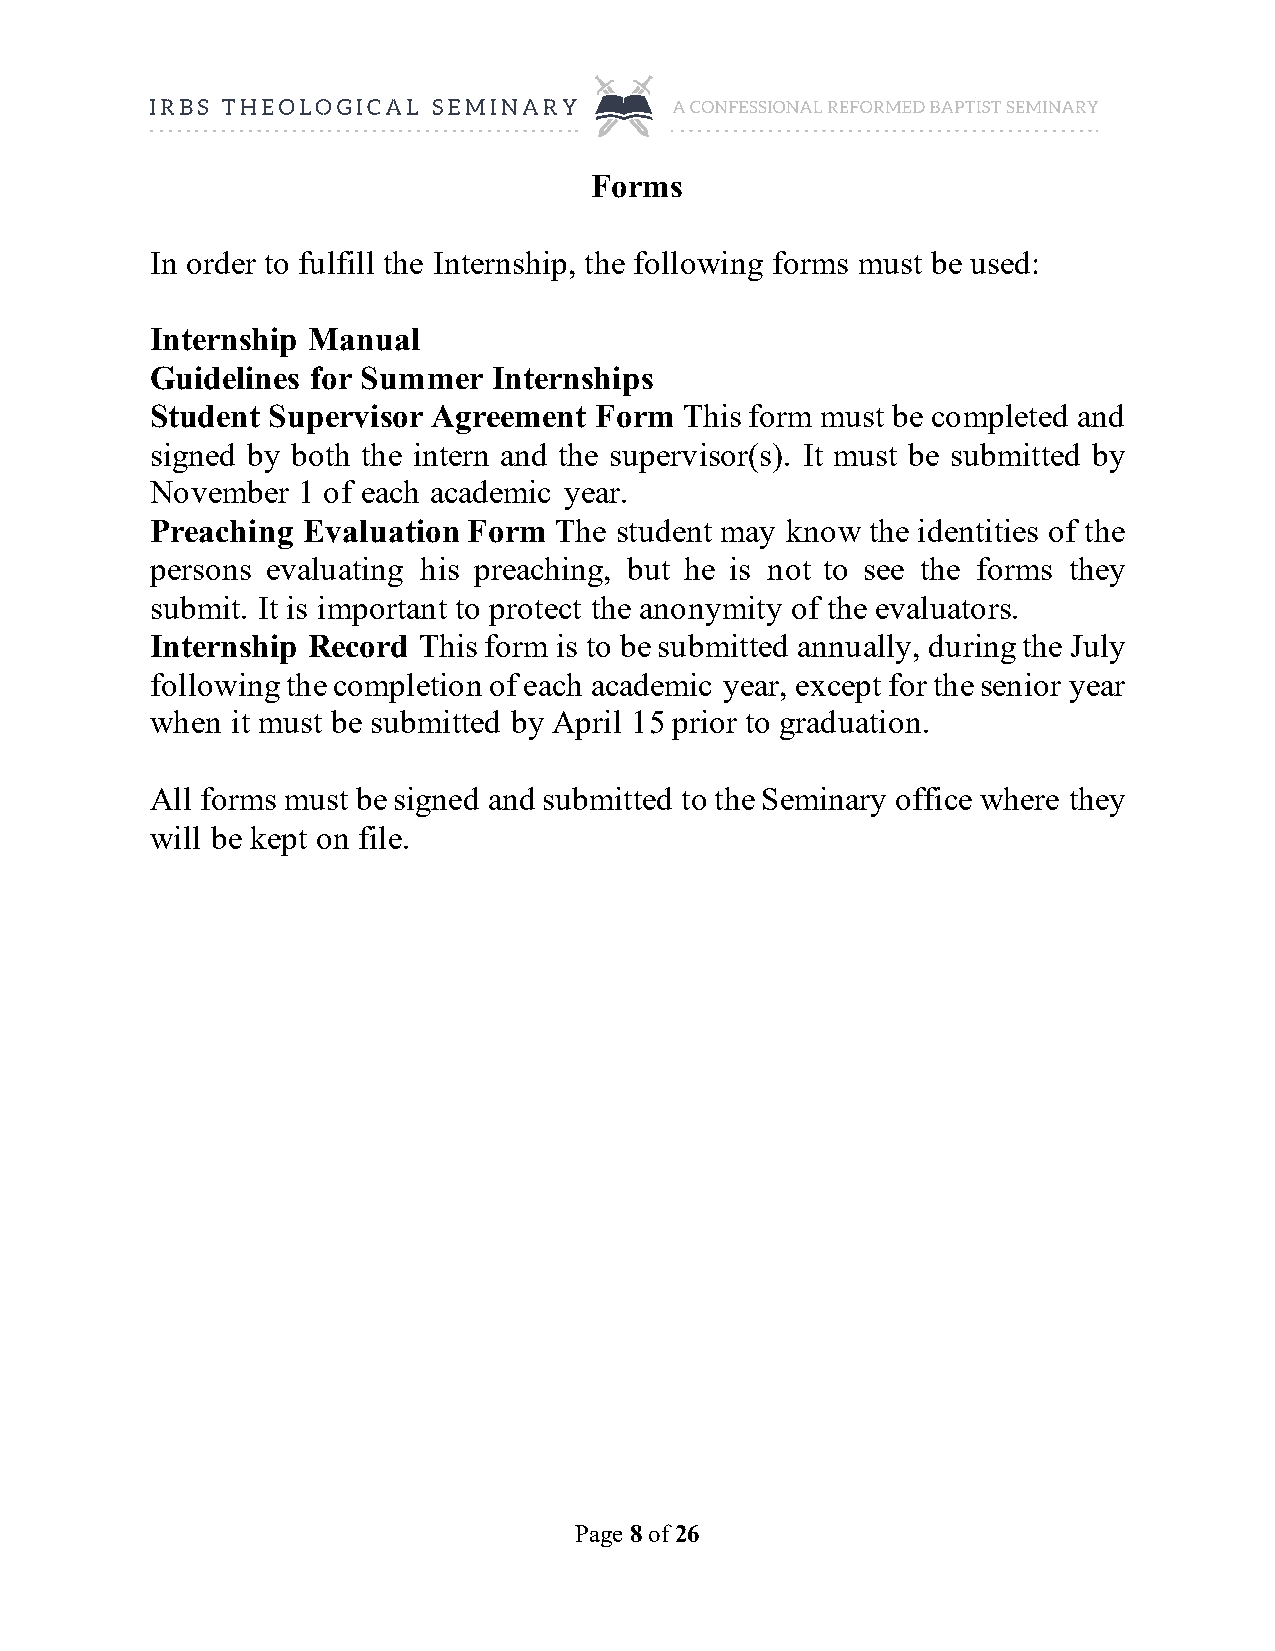
Forms
 In order to fulfill the Internship, the following forms must be used:
 Internship Manual
 Guidelines for Summer  Internships
 Student Supervisor Agreement Form  This form must be completed and
 signed by both the intern and the supervisor(s). It must be submitted by
 November  1 of each academic year.
 Preaching Evaluation Form  The student may know the identities of the
 persons evaluating his preaching, but he is not to see the forms they
 submit. It is important to protect the anonymity of the evaluators.
 Internship Record This form is to be submitted annually, during the July
 following the completion of each academic year, except for the senior year
 when it must be submitted by April 15 prior to graduation.
 All forms must be signed and submitted to the Seminary office where they
 will be kept on file.
 Page 8 of 26